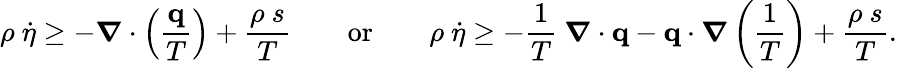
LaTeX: \rho~{\dot{\eta}}\geq-{\boldsymbol{\nabla}}\cdot\left({\frac{\mathbf{q}}{T}}\right)+{\frac{\rho~s}{T}}\qquad{\mathrm{or}}\qquad\rho~{\dot{\eta}}\geq-{\frac{1}{T}}~{\boldsymbol{\nabla}}\cdot\mathbf{q}-\mathbf{q}\cdot{\boldsymbol{\nabla}}\left({\frac{1}{T}}\right)+{\frac{\rho~s}{T}}.